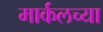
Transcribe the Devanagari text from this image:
मार्कलच्या